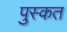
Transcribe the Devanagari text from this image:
पुस्कत